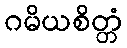
ဂမိယစိတ္တံ